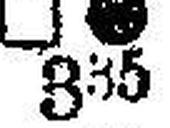
□ ### 315